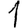
Digit: 1